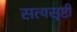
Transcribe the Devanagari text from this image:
सत्यसृष्टी